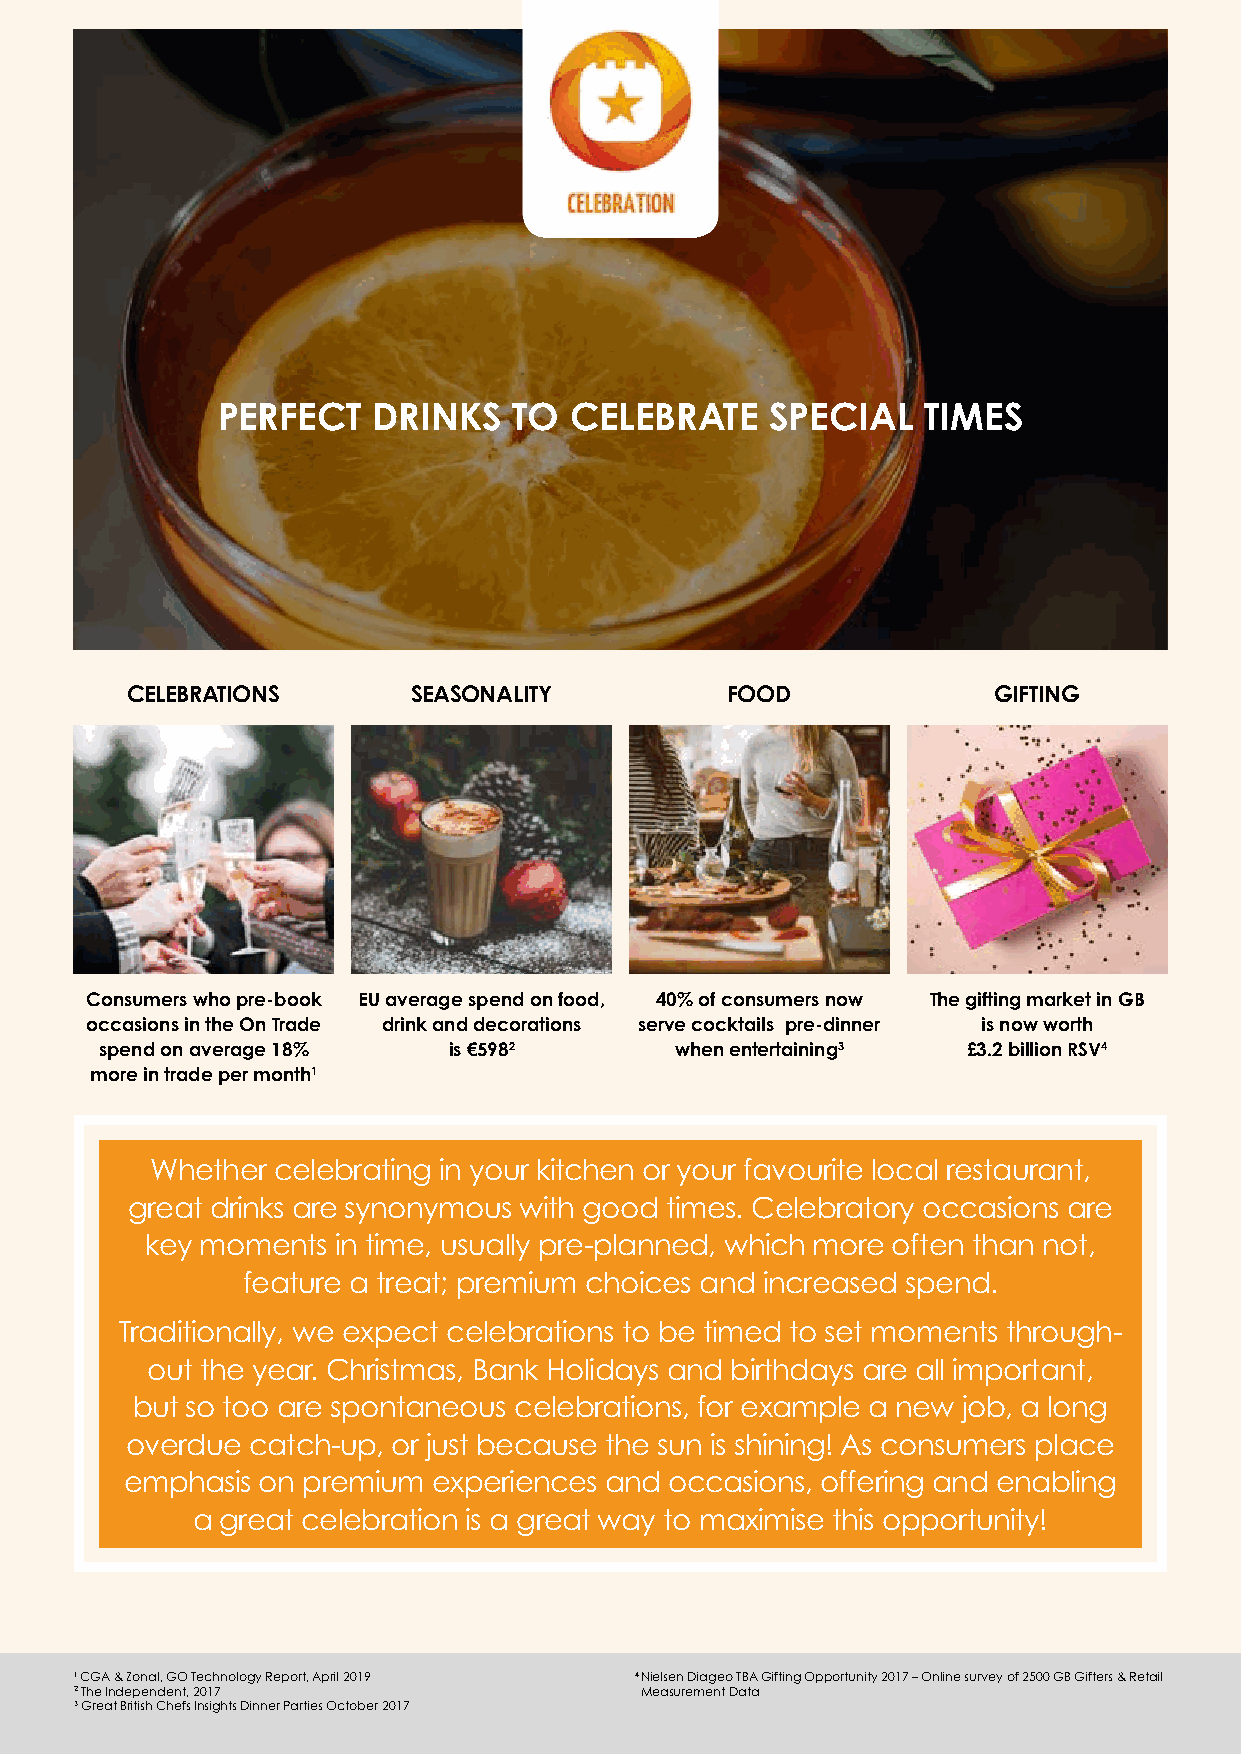
PERFECT    DRINKS   TO  CELEBRATE    SPECIAL   TIMES
 CELEBRATIONS       SEASONALITY          FOOD              GIFTING
 Consumers who pre-book EU average spend on food, 40% of consumers now The gifting market in GB
 occasions in the On Trade drink and decorations serve cocktails pre-dinner is now worth
 spend on average 18%   is €5982       when entertaining3 £3.2 billion RSV4
 more in trade per month1
 Whether celebrating in your kitchen or your favourite local restaurant,
 great drinks are synonymous with good times. Celebratory occasions are
 key moments in time, usually pre-planned, which more often than not,
 feature a treat; premium choices and increased spend.
 Traditionally, we expect celebrations to be timed to set moments through-
 out the year. Christmas, Bank Holidays and birthdays are all important,
 but so too are spontaneous celebrations, for example a new job, a long
 overdue catch-up, or just because the sun is shining! As consumers place
 emphasis on premium  experiences and occasions, offering and enabling
 a great celebration is a great way to maximise this opportunity!
 1 C GA & Zonal, GO Technology Report, April 2019 4 N ielsen Diageo TBA Gifting Opportunity 2017 – Online survey of 2500 GB Gifters & Retail
 2 The Independent, 2017              Measurement Data
 3 Great British Chefs Insights Dinner Parties October 2017